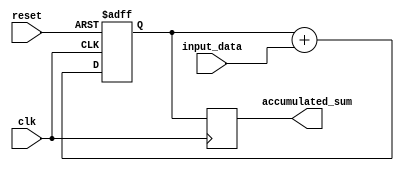
module fixed_point_accumulator(
    input wire clk,
    input wire reset,
    input wire [15:0] input_data,
    output reg [31:0] accumulated_sum
);

reg [31:0] temp_sum;

always@(posedge clk or posedge reset) begin
    if(reset) begin
        temp_sum <= 32'b0;
    end else begin
        temp_sum <= temp_sum + {16'b0, input_data}; // Assuming 16-bit fixed-point format with 16 bits integer and 16 bits fractional
    end
end

always@(posedge clk) begin
    accumulated_sum <= temp_sum;
end

endmodule